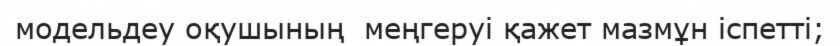
модельдеу оқушының  меңгеруі қажет мазмұн іспетті;